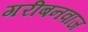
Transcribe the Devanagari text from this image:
गरीबनवाज